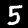
Label: 5